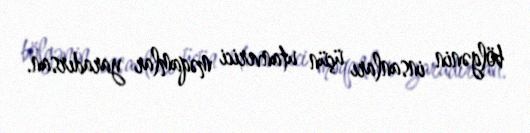
bölgənin insanları üçün utanverici məqamlar yaradırsan.